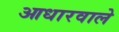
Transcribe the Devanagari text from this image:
आधारवाले